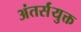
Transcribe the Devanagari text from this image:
अंतर्संयुक्त